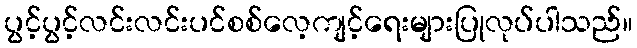
ပွင့်ပွင့်လင်းလင်းပင်စစ်လေ့ကျင့်ရေးများပြုလုပ်ပါသည်။